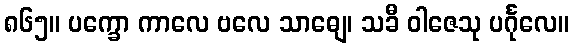
၈၆၅။ ပက္ခော ကာလေ ဗလေ သာဓျေ၊ သခီ ဝါဇေသု ပင်္ဂုလေ။